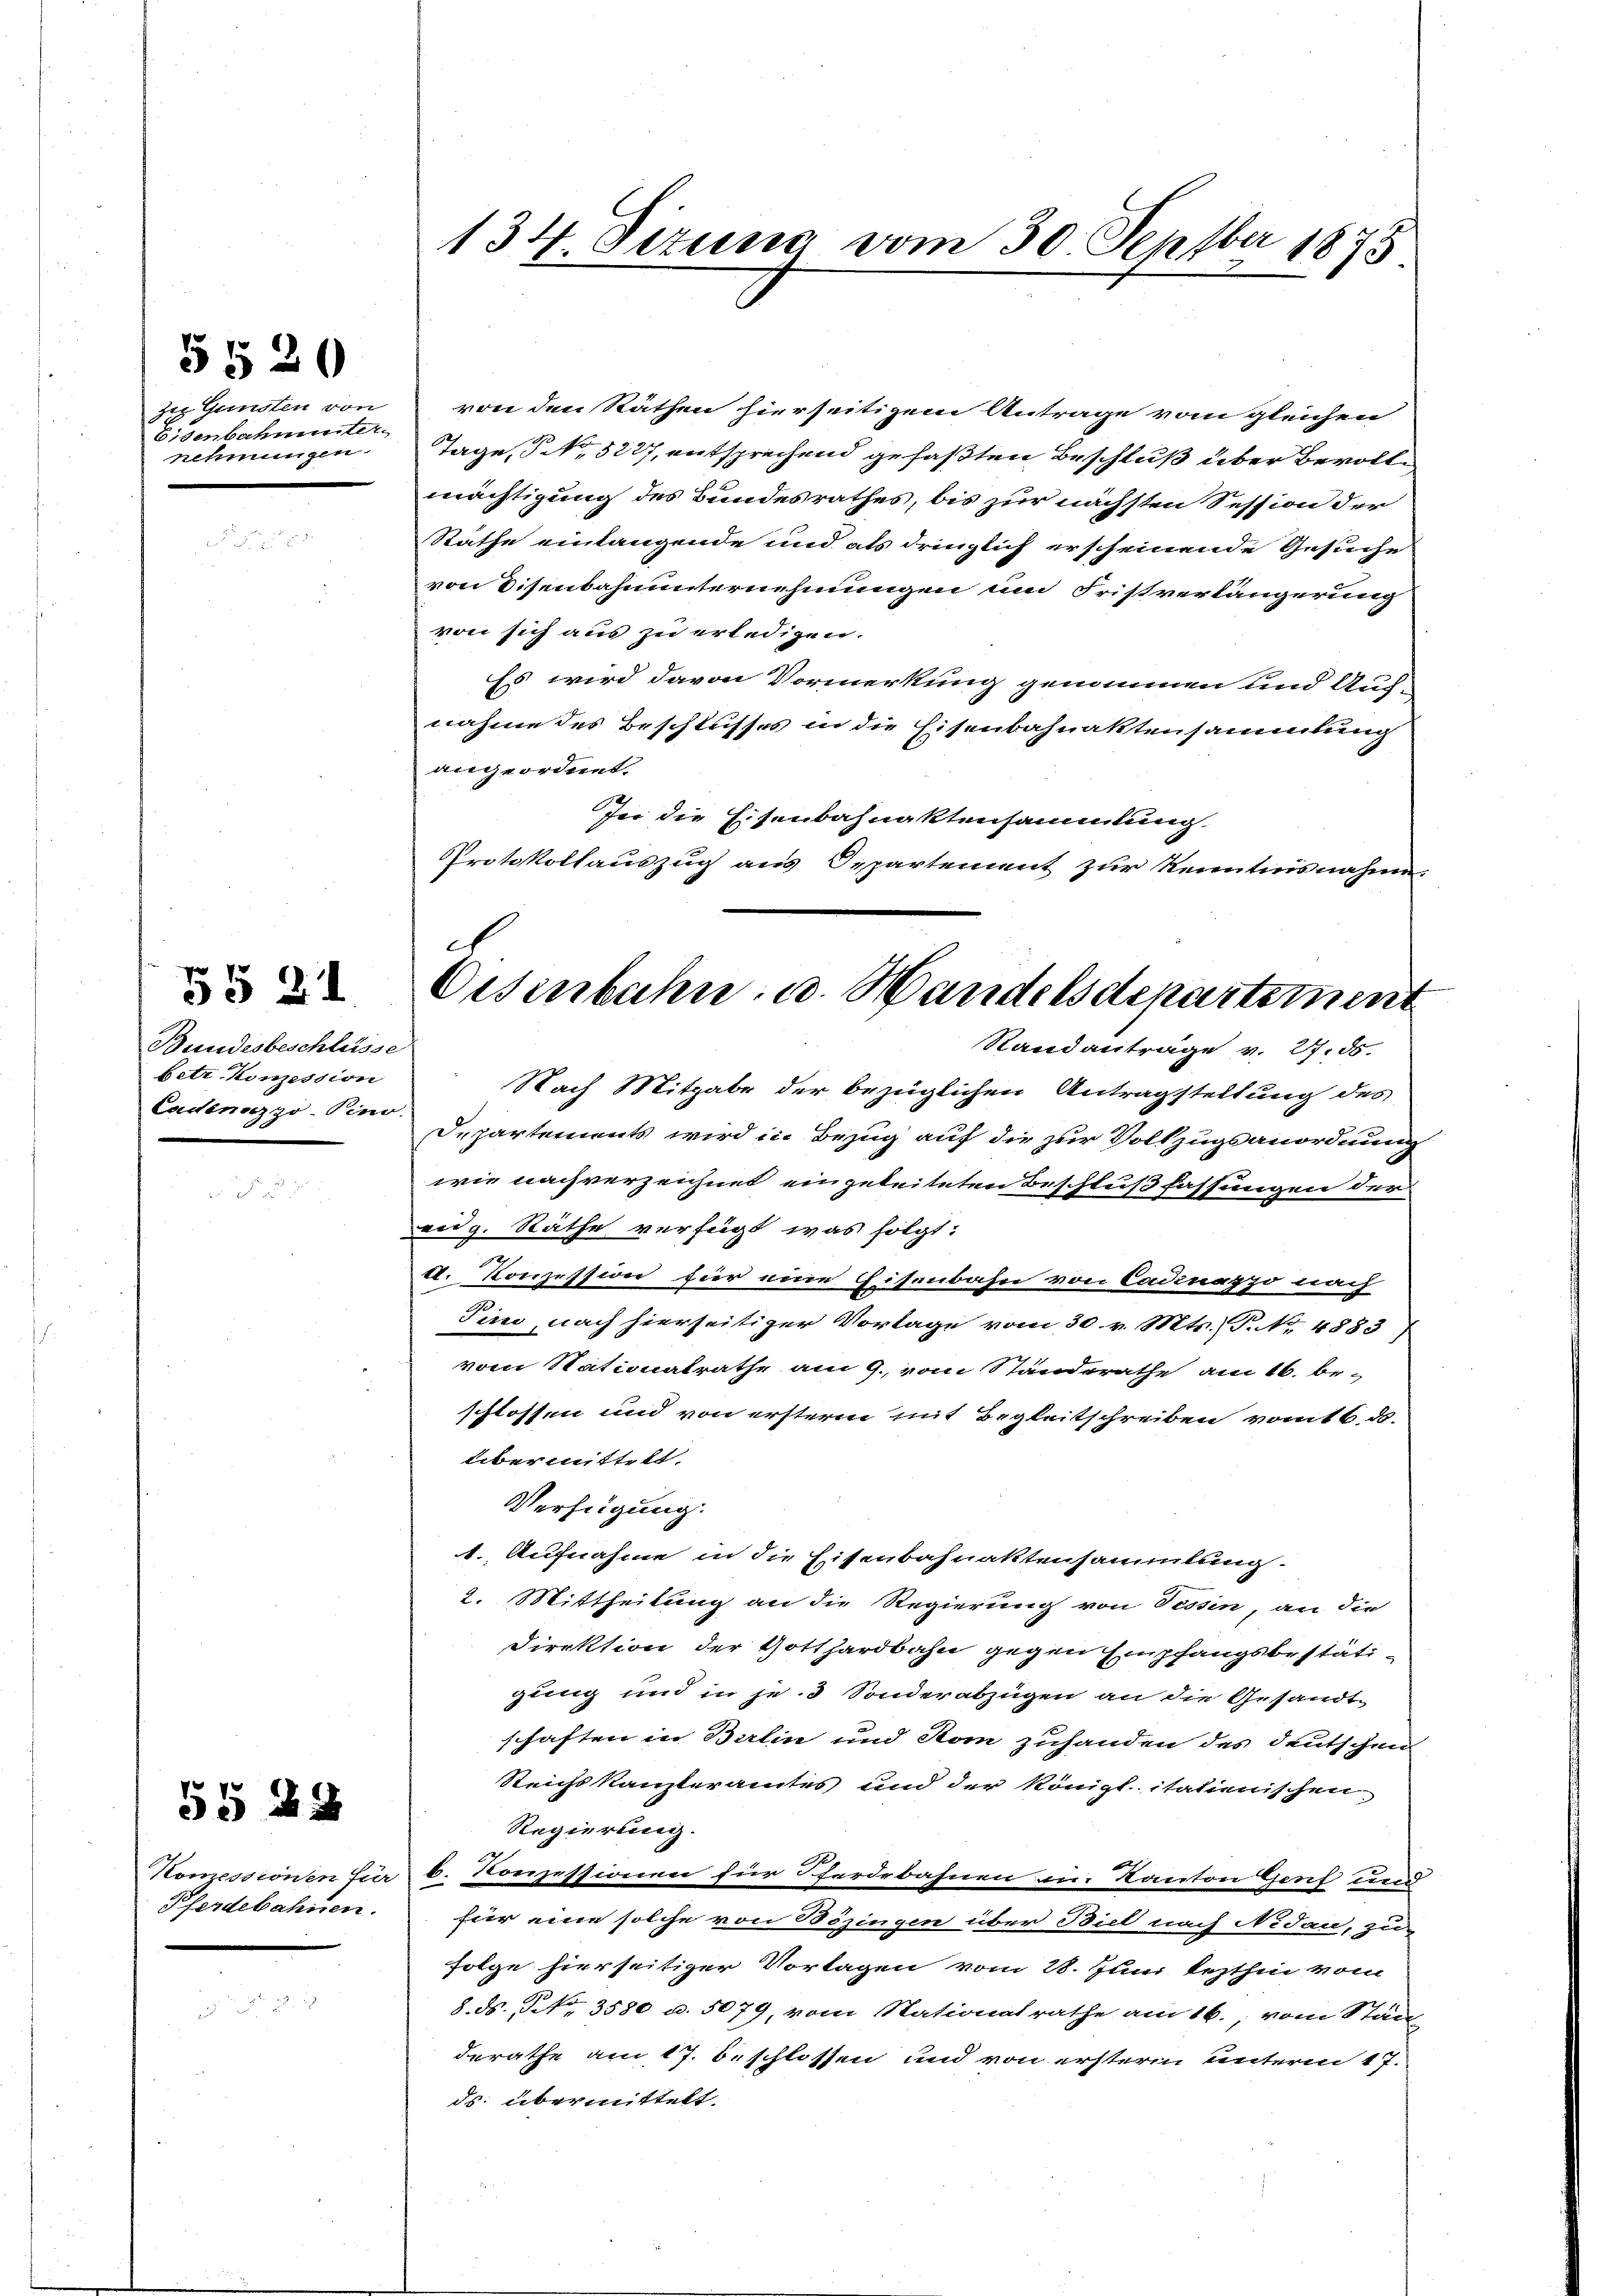
zu Gunsten von
Eisenbahnunter
nehmungen.

5520

Bundesbeschlüsse
betr. Konzession
Cadenazzo-Pino.

§§ 21

5§ 29

Pferdebahnen.

134 Tizung vom 30. Septbr 1875

e
Osenbahn, u. Handelsdepartement
Randantrage v. 27. ds.

von den Räthen hierseitigem Antrage vom gleichen
Tage, 5 No 5227, entsprechend gefaßten Beschluß über Bevolle
mächtigung des Bundesrathes, bis zur nächsten Session der
Rathe einlangende und als dringlich erscheinende Gesuche
von Eisenbahnunternehmungen um Fristverlängerung
von sich aus zu erledigen.
Es wird davon Vormerkung genommen und Auf-
nahme des Beschlusses in die Eisenbahnaktensammlung
angeordnet.
Je die Eisenbahnaktensammlung.
Protokollauszug aus Departement zur Kenntnisnahme.
Nach Mitgabe der bezüglichen Antragstellung des
Departements wird in Bezug auf die zur Vollzugsanordnung
wie nachverzeichnet eingeleiteten Beschlußfassungen der
eidg. Räthe verfügt was folgt:
A. Konzession hier eine Eisenbahn von Cadinapo nach
Tini, nach hierseitiger Vorlage vom 30. v. Mts., P. Nr. 4883)
vom Stationalrathe am 9. vom Standerathe am 16. be-
schlossen und von ersteren mit Begleitschreiben vom 6. d.
übermittelt.
Verfügung.
1. Aufnahme in die Eisenbahnaktensammlung.
2. Mittheilung an die Regierung von Tessin, an die
Direktion der Gotthardbahn gegen Empfangsbestätigung und in je. 3 Sonderabzügen an die Gesandtschaften in Berlin und Stom zuhanden des deutschen
Reichskanzleramtes und der Königl. italienischen
Regierung.
72.
Komessionen für 6. Konzessionen für Pferdebahnen in Kanton Genf und
für eine solche von Bözingen über Biel nach Nidau, zu
folge hierseitiger Vorlagen vom 28. Juni lezthin vom
8. ds. NNo. 3580 u. 5079, vom Nationalrathe am 16., vom Stän
derathe am 17. beschlossen und von ersterm unterm 17.
ds. übermittelt.